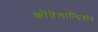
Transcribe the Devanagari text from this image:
कोंतेंलात्सियोने